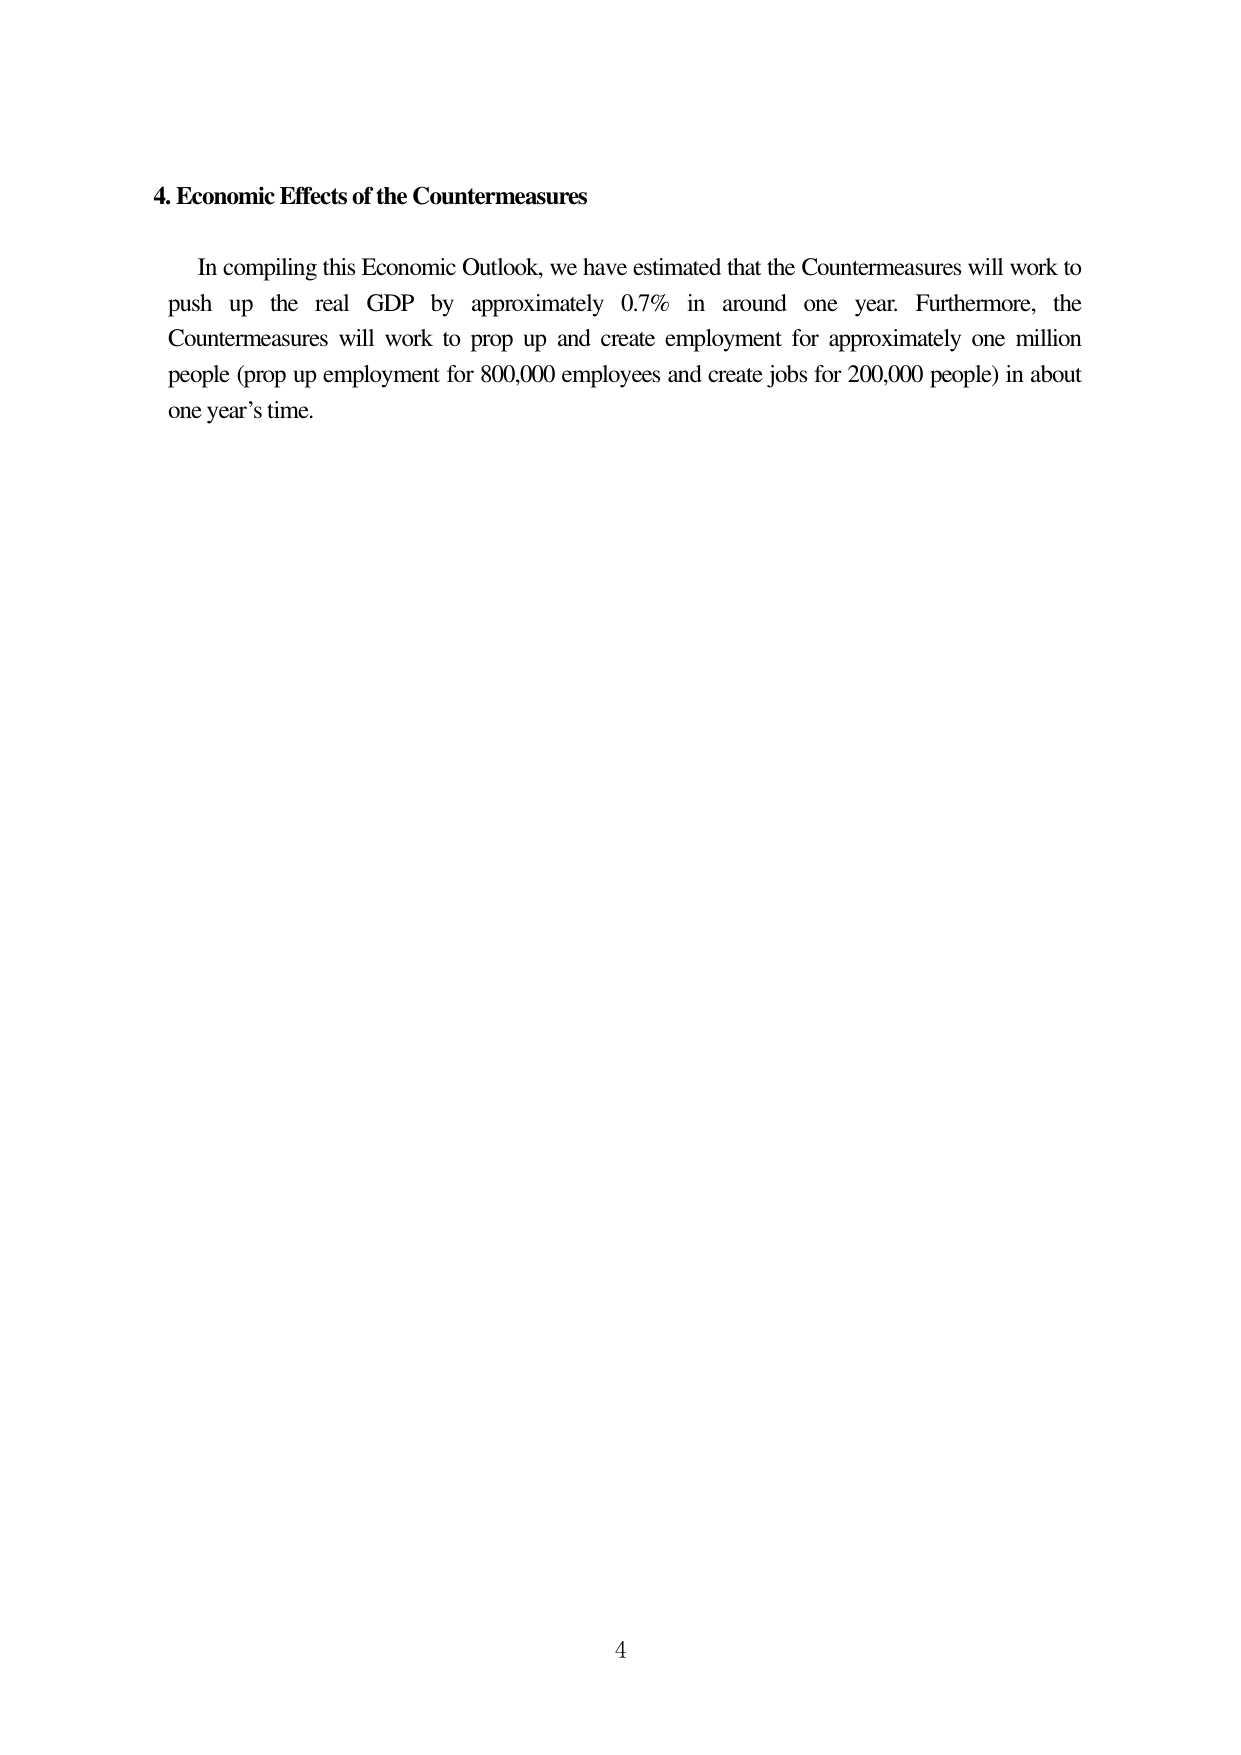
4. Economic Effects of the Countermeasures

In compiling this Economic Outlook, we have estimated that the Countermeasures will work to push up the real GDP by approximately 0.7% in around one year. Furthermore, the Countermeasures will work to prop up and create employment for approximately one million people (prop up employment for 800,000 employees and create jobs for 200,000 people) in about one year’s time.

4